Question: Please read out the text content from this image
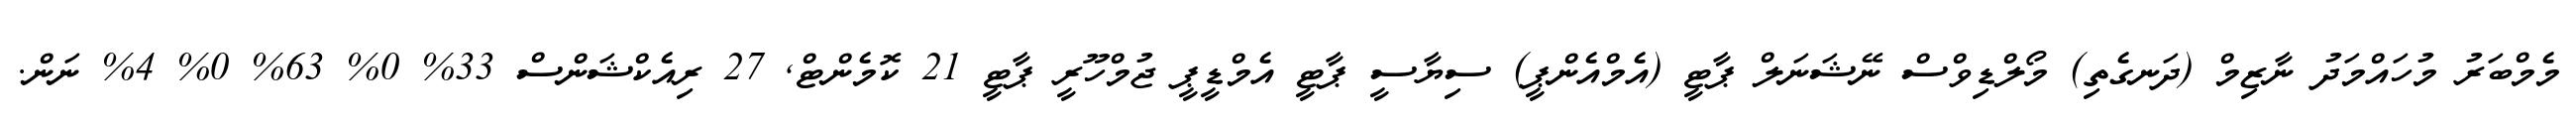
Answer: މެމްބަރު މުހައްމަދު ނާޒިމް (ދަނގެތި) މޯލްޑިވްސް ނޭޝަނަލް ޕާޓީ (އެމްއެންޕީ) ސިޔާސީ ޕާޓީ އެމްޑީޕީ ޖުމްހޫރީ ޕާޓީ 21 ކޮމެންޓް, 27 ރިއެކްޝަންސް 33% 0% 63% 0% 4% ނަން.